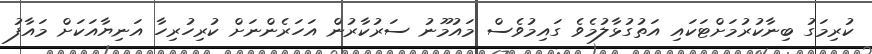
ކުރިމަގު ބިނާކުރުމަށްޓަކައި އަތުގުޅާލުމެވެ ގައިމުވެސް މައުމޫނު ސަރުކާރުން އަހަރެންނަށް ކުރިހުރިހާ އަނިޔާއަކަށް މައާފު